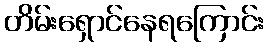
တိမ်းရှောင်နေရကြောင်း